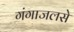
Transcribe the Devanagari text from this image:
गंगाजलसे